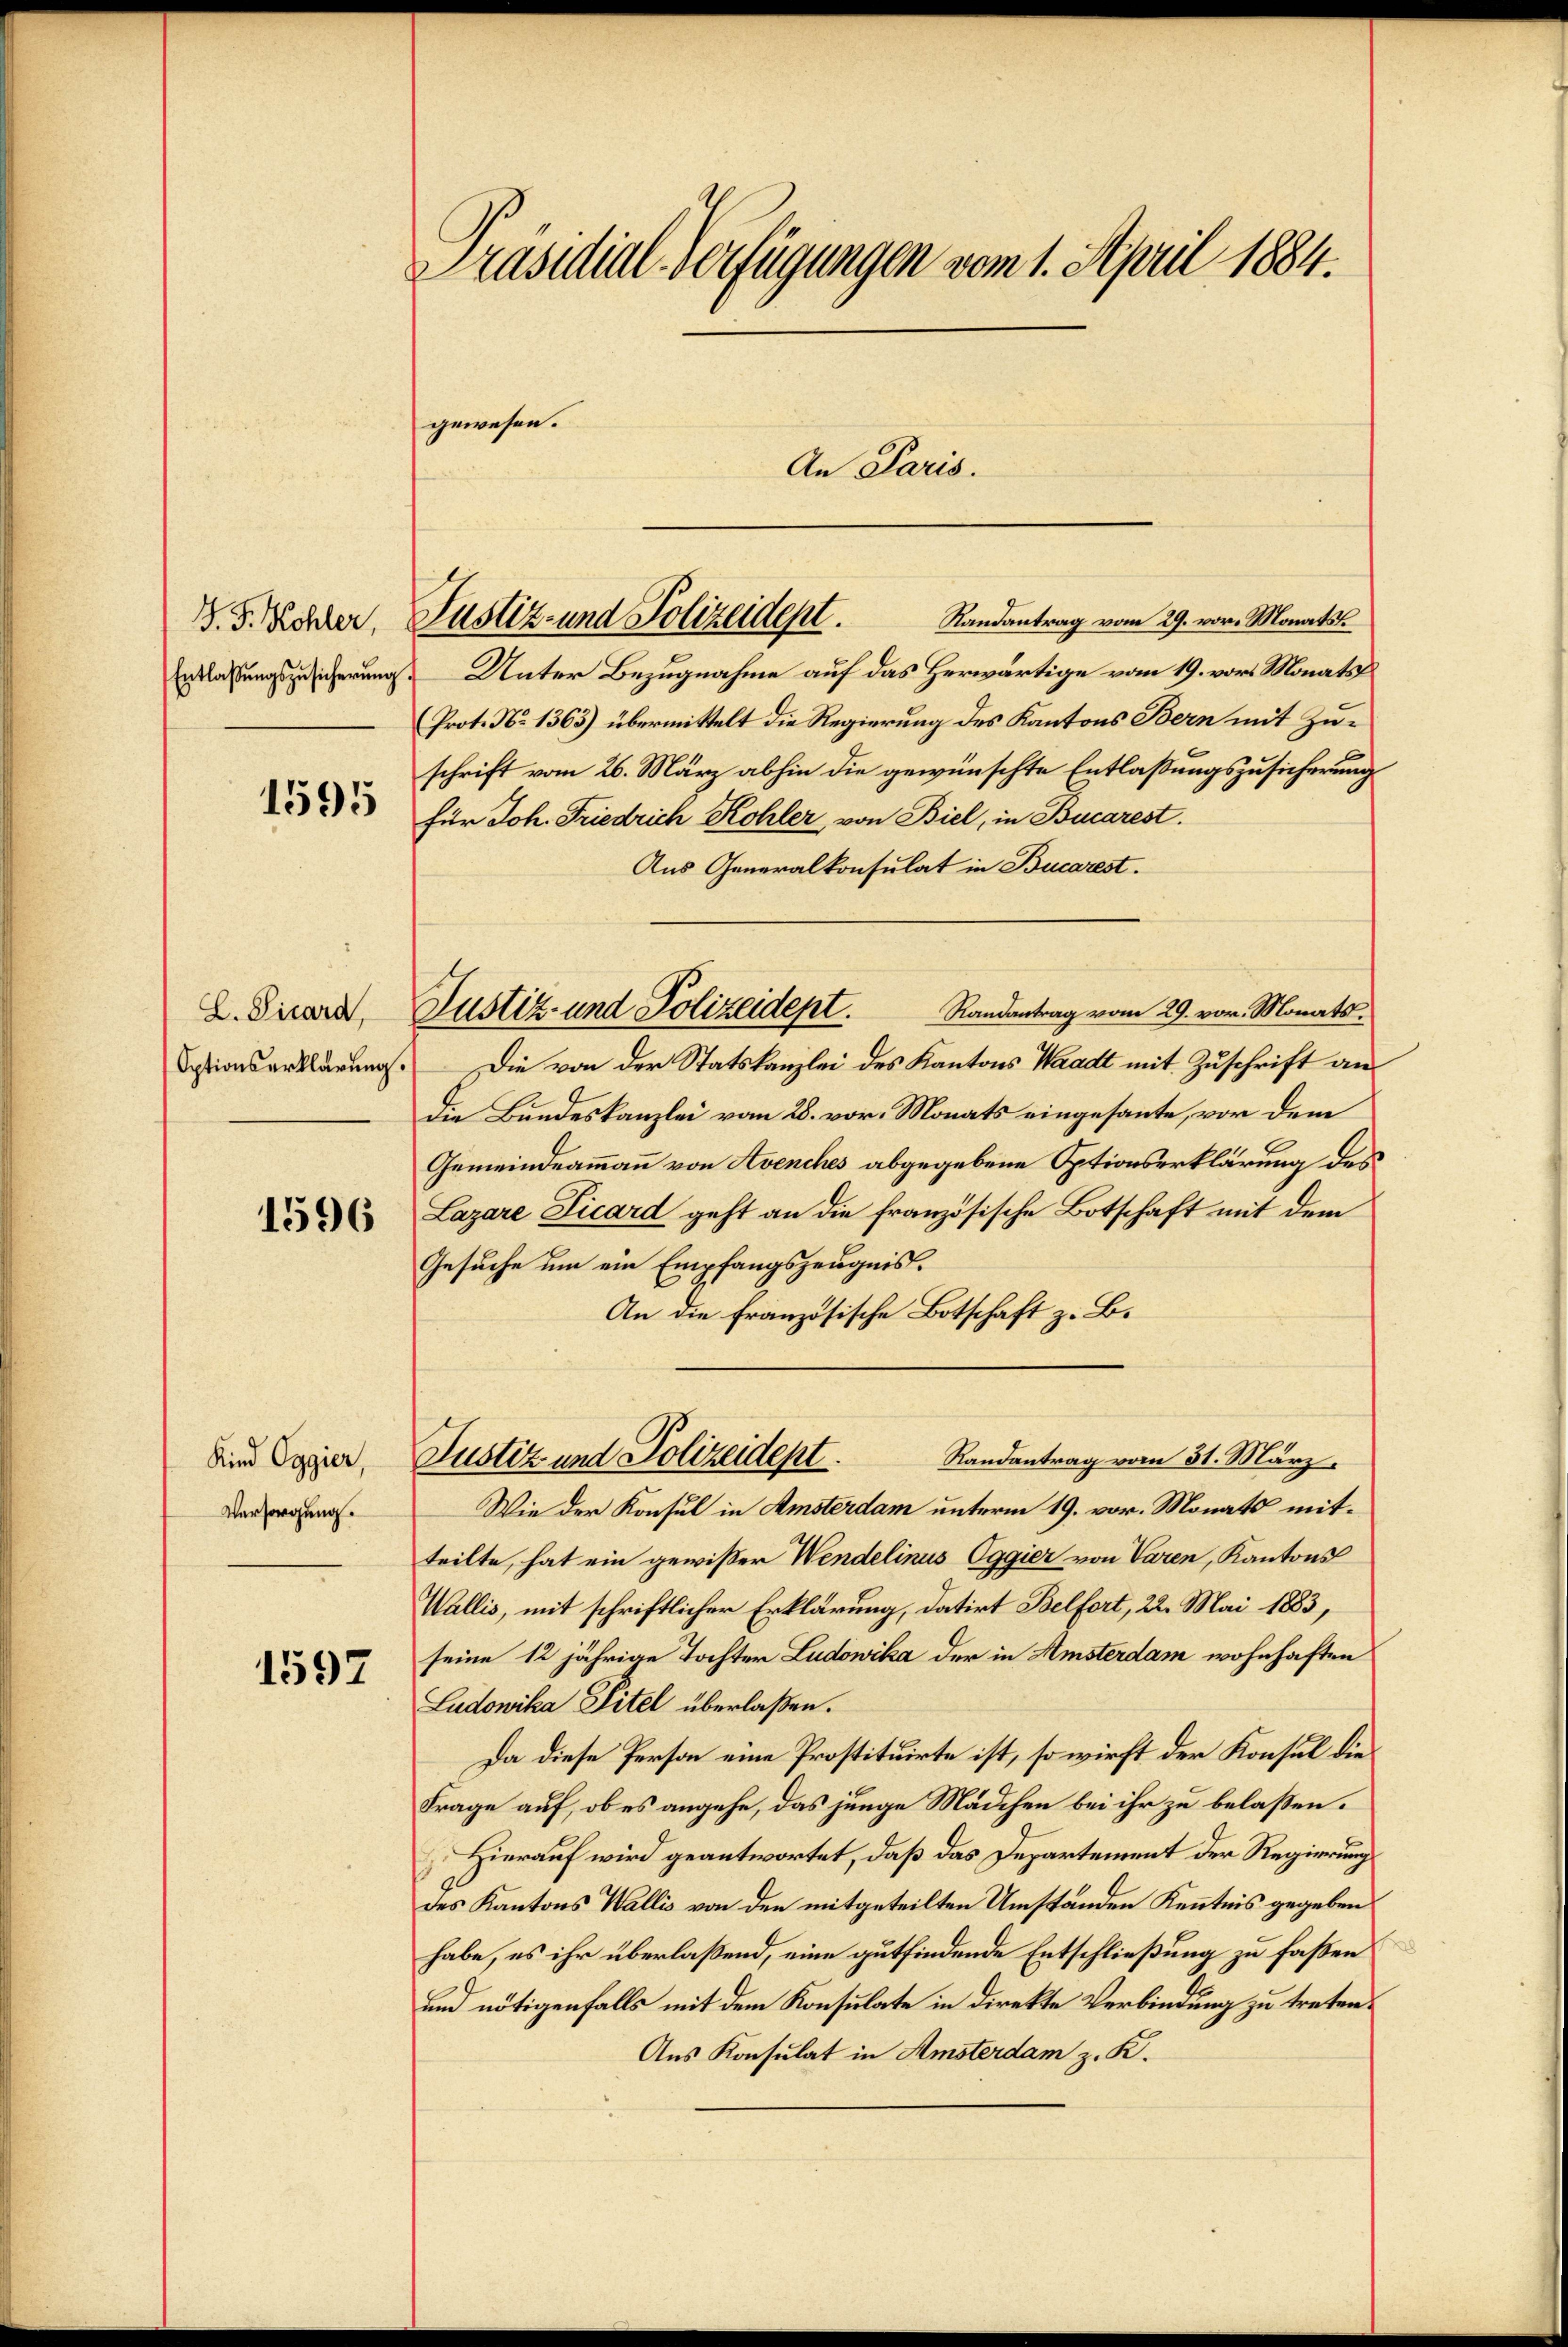
G. J. Kohler,
Entlaßungszusicherŭng.

1595

L. Pirard,
Optionserklärung.

1596

Kind Eggier,
Versorgung.

1597

Präsidial-Verfügungen vom 1. April 1884.

gewesen.
An Paris.
Randantrag vom 29. vor. Monats
Unter Bezugnahme auf das Herwärtige vom 19. vor. Monats
Prot. No 1363) übermittelt die Regierung des Kantons Bern mit Zuschrift vom 26. März abhin die gewünschte Entlaßungszusicherung
für Joh. Friedrich Kohler, von Biel, in Bucarest.
Aus Generalkonsulat in Bucarest.
Randantrag vom 29. vor. Monats¬
Die von der Statskanzlei des Kantons Waadt mit Zuschrift an
Die Bundeskanzlei vom 28. vor. Monats eingesante, vor dem
Gemeindeammann von Avenches abgegebene Optionserklärung des
Lazare Licard geht an die französische Botschaft mit dem
Gesuche um ein Empfangszeugnis.
An die französische Botschaft z. B.
Randantrag vom 31. März.
Justiz und Polizeidept.
Wie der Konsul in Amsterdam unterm 19. vor. Monats mitteilte, hat ein gewißer Wendelinus Oggier von Varen, Kantons
Wallis, mit schriftlicher Erklärung, datirt Belfort, 22. Mai 1883,
seine 12 jährige Tochter Ludowika der in Amsterdam wohnhaften
Ludowika Titel überlaßen.
Da diese Person eine Prostituirte ist, so wirft der Konsul die
Frage auf, ob es angehe, das junge Mädchen bei ihr zu belaßen.
Hierauf wird geantwortet, daß das Departement der Regierung
des Kantons Wallis von den mitgeteilten Umständen Kenntnis gegeben
habe, es ihr überlaßend, eine gutfindende Entschließung zu faßen
und nötigenfalls mit dem Konsulate in direkte Verbindung zu treten¬
Aus Konsulat in Amsterdam z. K.

Justiz- und Polizeident.

Justiz- und Polizeidept.